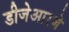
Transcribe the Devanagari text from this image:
डीजेआरजे